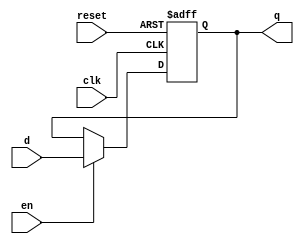
module reset_en_ff (
  input             clk, reset, en,
  input      [31:0] d,
  output reg [31:0] q
);

// async active high async reset dff with enable input

always @(posedge clk or posedge reset)
  if (reset)   q <= 32'b0;
  else if (en)  q <= d;

endmodule